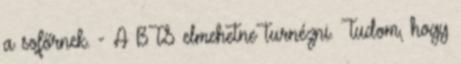
a sofőrnek. - A BTS elmehetne turnézni. Tudom, hogy